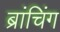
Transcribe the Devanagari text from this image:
ब्रांचिंग